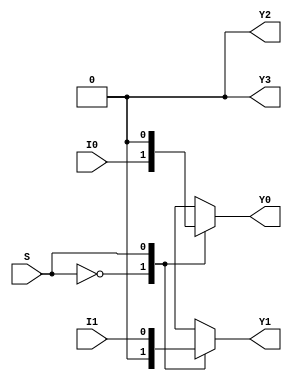
module demux_2to4 (
    input wire I0, 
    input wire I1, 
    input wire S, 
    output reg Y0, 
    output reg Y1,
    output reg Y2,
    output reg Y3
);

always @ (I0, I1, S)
begin
    case (S)
        2'b00: begin
            Y0 = I0;
            Y1 = 1'b0;
            Y2 = 1'b0;
            Y3 = 1'b0;
        end
        2'b01: begin
            Y0 = 1'b0;
            Y1 = I1;
            Y2 = 1'b0;
            Y3 = 1'b0;
        end
        2'b10: begin
            Y0 = 1'b0;
            Y1 = 1'b0;
            Y2 = I0;
            Y3 = 1'b0;
        end
        2'b11: begin
            Y0 = 1'b0;
            Y1 = 1'b0;
            Y2 = 1'b0;
            Y3 = I1;
        end
    endcase
end

endmodule